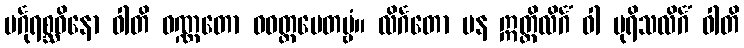
မင်္ဂုရစ္ဆဝိနော ဝါတိ ဝဏ္ဏတော ဝဝတ္ထပေတဗ္ဗံ။ လိင်္ဂတော ပန ဣတ္ထိလိင်္ဂံ ဝါ ပုရိသလိင်္ဂံ ဝါတိ